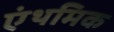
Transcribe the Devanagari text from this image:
एंथमिक